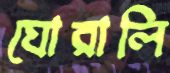
ঘোরালি